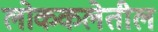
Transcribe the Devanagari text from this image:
लोककलेतील